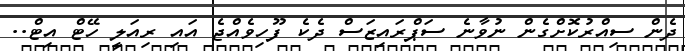
ދެން ސިއްރުކޮށްގެން ނުވާނެ ސަޕްރައިޒަސް ދެކެ ފޫހިވެއްޖެ އައި ރިއަލީ ހޭޓް އިޓް..